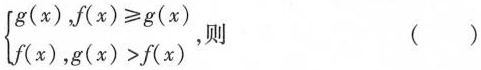
$$\left\{ \begin{matrix} g(x),f(x)\geqslant g(x)\\ f(x),g(x)>f(x)\end{matrix} \right.$$,则 ()